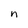
Character: n